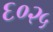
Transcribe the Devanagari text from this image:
६०२५